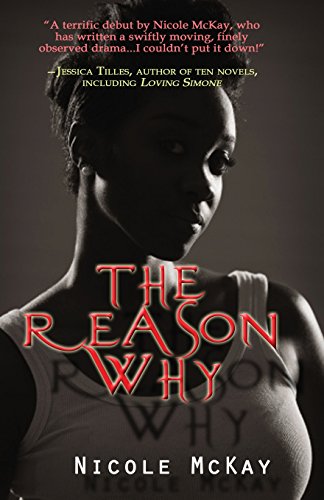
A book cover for The Reason Why; Nicole McKay; Literature & Fiction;